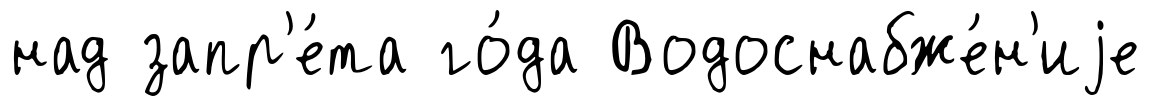
над запр'е́та го́да Водоснабже́н'иjе